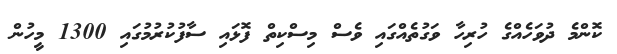
ކޮންމެ ދުވަހެއްގެ ހުރިހާ ވަގުތެއްގައި ވެސް މިސްކިތް ފޮޅައި ސާފުކުރުމުގައި 1300 މީހުން